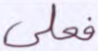
فعلى